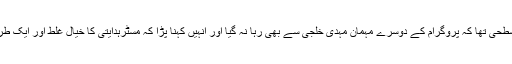
ہدایتی کا یہ استدلال اس قدر سطحی تھا کہ پروگرام کے دوسرے مہمان مہدی خلجی سے بھی رہا نہ گیا اور انہیں کہنا پڑا کہ مسٹرہدایتی کا خیال غلط اور ایک طرح سے قرآن کی تحریف ہے۔